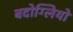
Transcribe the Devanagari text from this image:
बदोग्लियो